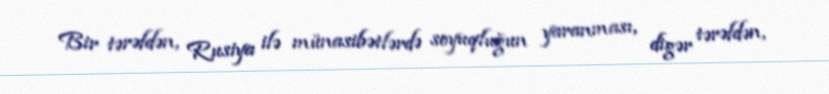
Bir tərəfdən, Rusiya ilə münasibətlərdə soyuqluğun yaranması, digər tərəfdən,